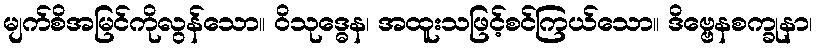
မျက်စိအမြင်ကိုလွန်သော။ ဝိသုဒ္ဓေန၊ အထူးသဖြင့်စင်ကြယ်သော။ ဒိဗ္ဗေနစက္ခုနာ၊